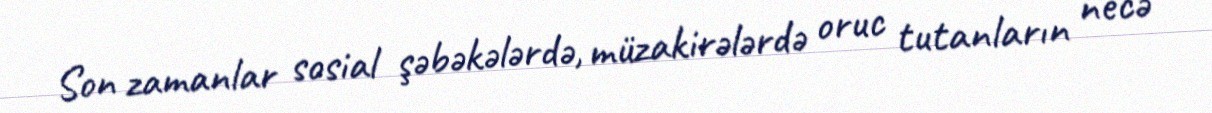
Son zamanlar sosial şəbəkələrdə, müzakirələrdə oruc tutanların necə